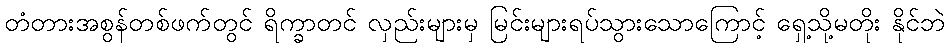
တံတားအစွန်တစ်ဖက်တွင် ရိက္ခာတင် လှည်းများမှ မြင်းများရပ်သွားသောကြောင့် ရှေ့သို့မတိုး နိုင်ဘဲ